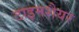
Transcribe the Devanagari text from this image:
टाइमशैयर